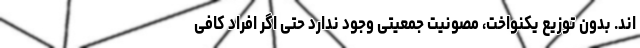
اند. بدون توزیع یکنواخت، مصونیت جمعیتی وجود ندارد حتی اگر افراد کافی